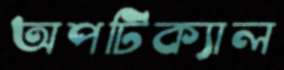
অপটিক্যাল